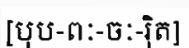
[បុប-ពៈ-ចៈ-រ៉ិត]